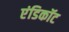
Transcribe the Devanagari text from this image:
एंडिकॉट